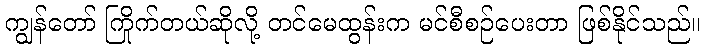
ကျွန်တော် ကြိုက်တယ်ဆိုလို့ တင်မေထွန်းက မင်စီစဉ်ပေးတာ ဖြစ်နိုင်သည်။